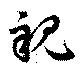
親